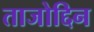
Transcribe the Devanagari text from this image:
ताजोद्दिन